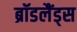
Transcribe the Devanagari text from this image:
ब्रॉडलैंड्स